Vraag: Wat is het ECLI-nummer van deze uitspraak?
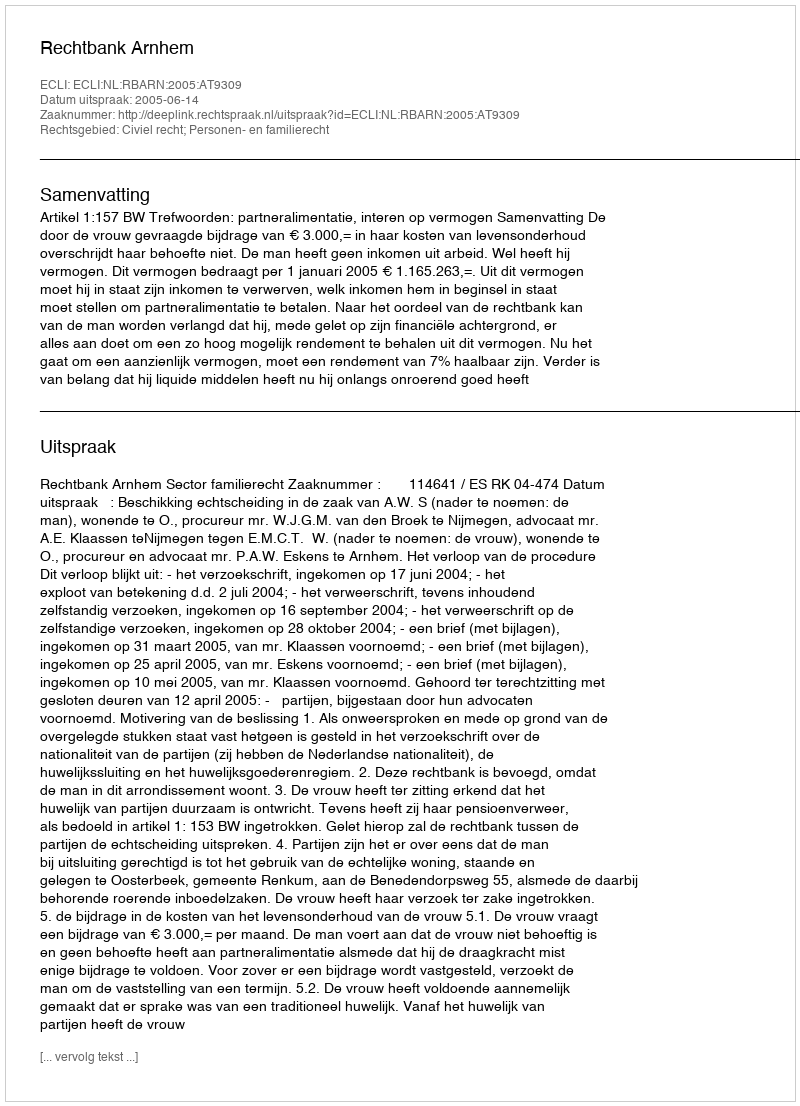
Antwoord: ECLI:NL:RBARN:2005:AT9309